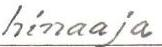
hinaaja